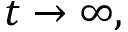
t \rightarrow \infty ,